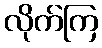
လိုက်ကြ